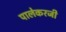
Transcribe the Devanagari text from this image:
पालेकरजी